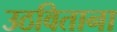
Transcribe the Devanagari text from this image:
उठविताना